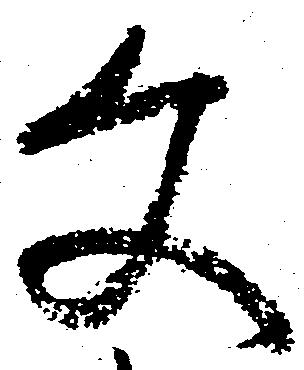
文